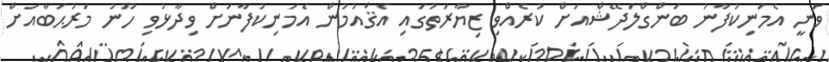
ވަނީ އެމަނިކުފާނު ބަންގްލަދޭޝްއަށް ކުރެއްވި ޒިޔާރަތުގައި އެޤައުމުން އެމަނިކުފާނަށް ވިދާޅުވި ހޫނު މަރުޙަބާއަށް